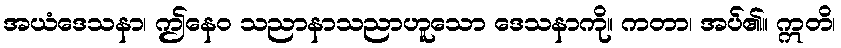
အယံဒေသနာ၊ ဤနေဝ သညာနာသညာဟူသော ဒေသနာကို။ ကတာ၊ အပ်၏။ ဣတိ၊